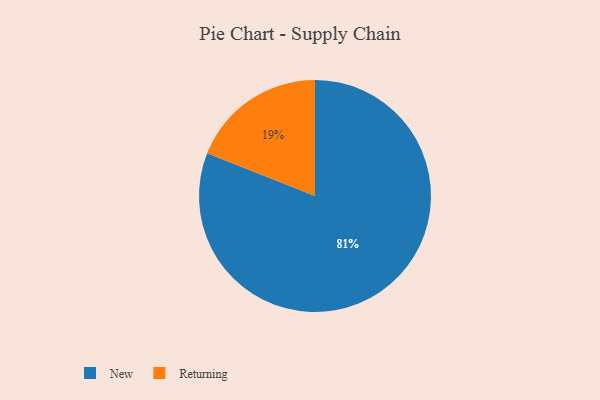
{"axis": {"x": "Category", "y": "Percentage"}, "legend": ["New", "Returning"], "data": [{"x": "Returning", "y": 19, "type": "Returning"}, {"x": "New", "y": 81, "type": "New"}]}